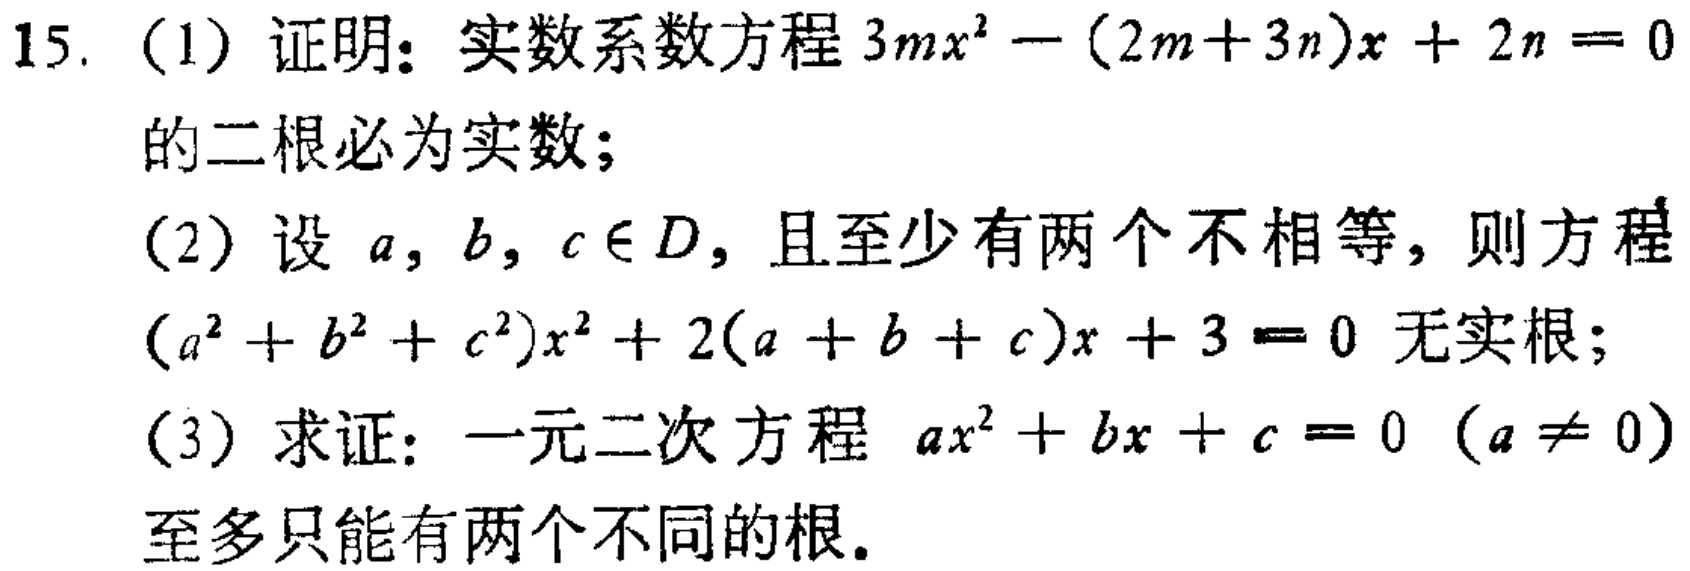
15. (1) 证明：实数系数方程 \(3mx^{2}-(2m + 3n)x+2n = 0\) 的二根必为实数；
(2) 设 \(a,b,c\in D\)，且至少有两个不相等，则方程 \((a^{2}+b^{2}+c^{2})x^{2}+2(a + b + c)x+3 = 0\) 无实根；
(3) 求证：一元二次方程 \(ax^{2}+bx + c = 0\) (\(a\neq0\)) 至多只能有两个不同的根。